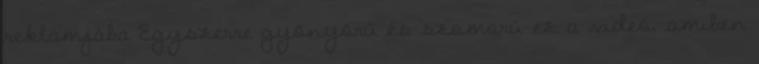
reklámjába Egyszerre gyönyörű és szomorú ez a videó, amiben